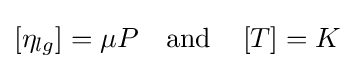
\left[\eta _{lg}\right]=\mu P\quad {\text{and}}\quad \left[T\right]=K